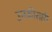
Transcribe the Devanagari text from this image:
उनकीसारी